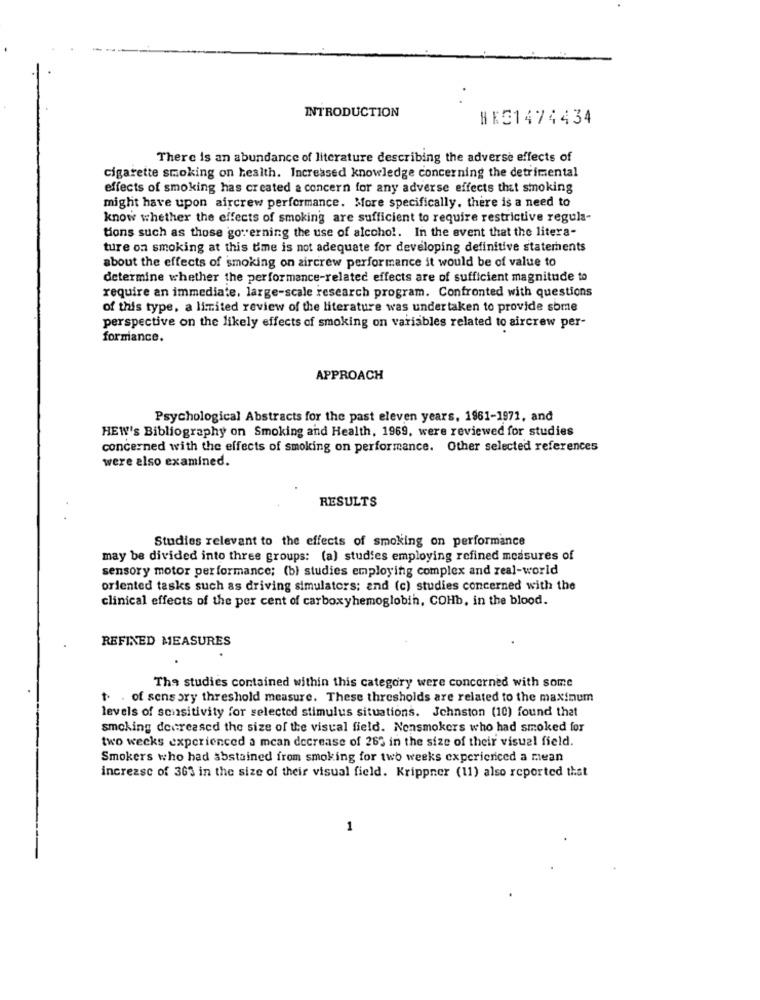
INTRODUCTION
NEE1474434
There is an abundance of literature describing the adverse effects of
cigarette smoking on health. Increased knowledge concerning the detrimental
effects of smoking has created a concern for any adverse effects that smoking
might have upon aircrew performance. More specifically. there is a need to
know whether the effects of smoking are sufficient to require restrictive regula-
tions such as those governing the use of alcohol. In the event that the litera-
ture oa smoking at this time is not adequate for developing definitive statements
about the effects of smoking on aircrew performance it would be of value to
determine whether the performance-related effects are of sufficient magnitude to
require an immediate. large-scale research program. Confronted with questions
of this type, a limited review of the literature was undertaken to provide some
perspective on the likely effects of smoking on variables related to aircrew per-
formance.
APPROACH
Psychological Abstracts for the past eleven years, 1961-1971, and
HEW's Bibliography on Smoking and Health, 1969, were reviewed for studies
concerned with the effects of smoking on performance. Other selected references
were also examined.
RESULTS
Studies relevant to the effects of smoking on performance
may be divided into three groups: (a) studies employing refined measures of
sensory motor performance; (b) studies employing complex and real-world
oriented tasks such as driving simulators: and (c) studies concerned with the
clinical effects of the per cent of carboxyhemoglobin, COHb, in the blood.
REFINED MEASURES
The studies contained within this category were concerned with some
t. . of sensory threshold measure. These thresholds are related to the maximum
levels of sensitivity for selected stimulus situations. Johnston (10) found that
smoking decreased the size of the visual field. Nonsmokers who had smoked for
two weeks experienced a mean decrease of 265 in the size of their visual field.
Smokers who had abstained from smoking for two weeks experienced a mean
increase of 363 in the size of their visual field. Krippner (11) also reported that
1